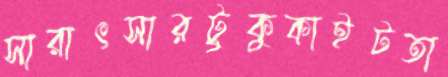
সারাৎসারটুকুকাইটতা